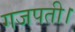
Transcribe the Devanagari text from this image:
गजपती।